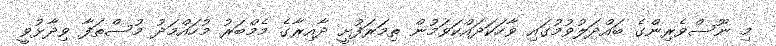
މި ނޫސްވެރިންގެ ބައްދަލުވުމުގައި ވާހަކަދައްކަވަމުން ތިމަރަފުށީ ދާއިރާގެ މެމްބަރު މުހައްމަދު މުސްތަފާ ވިދާޅުވީ